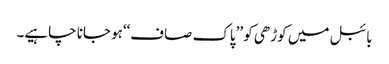
بائبل میں کوڑھی کو ’’پاک صاف‘‘ہو جانا چاہیے۔